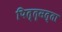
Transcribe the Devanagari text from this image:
पित्तृसत्ता